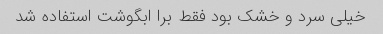
خیلی سرد و خشک بود فقط برا ابگوشت استفاده شد